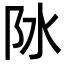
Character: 阥